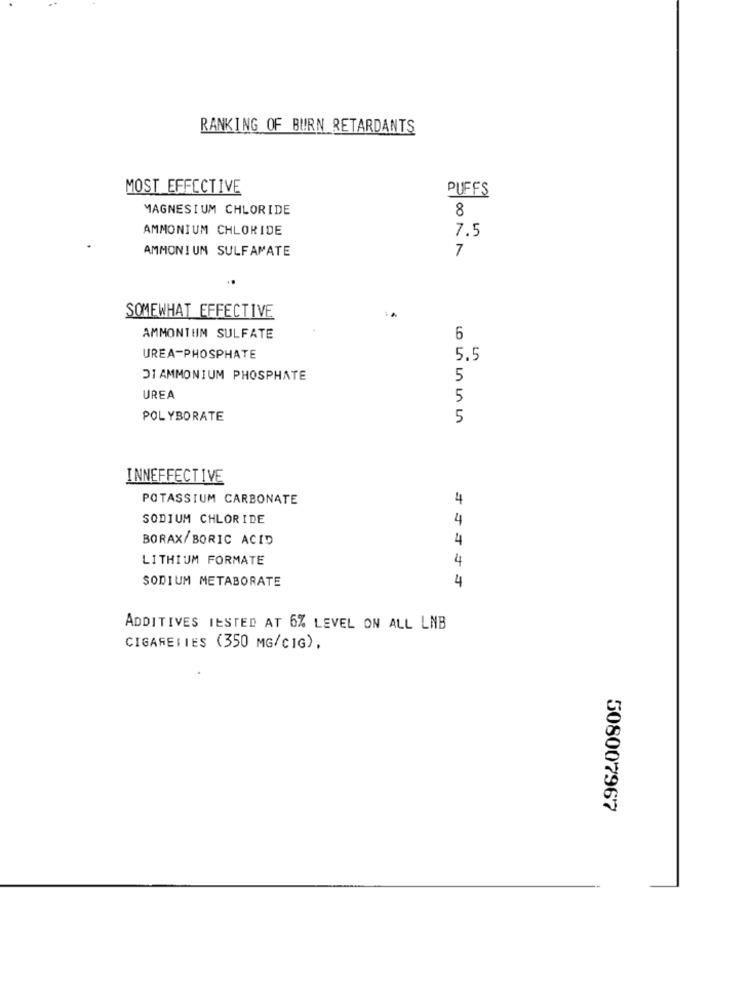
RANKING OF BURN RETARDANTS
MOST EFFECTIVE
PUFFS
MAGNESIUM CHLORIDE
8
AMMONIUM CHLORIDE
7.5
AMMONIUM SULFAMATE
7
SOMEWHAT EFFECTIVE
AMMONTUM SULFATE
6
UREA-PHOSPHATE
5.5
DI AMMONIUM PHOSPHATE
5
UREA
5
POL YBORATE
5
INNEFFECTIVE
POTASSIUM CARBONATE
4
SODIUM CHLORIDE
4
BORAX/BORIC ACID
4
LITHIUM FORMATE
4
SODIUM METABORATE
4
ADDITIVES IESTED AT 6% LEVEL ON ALL LNB
CIGARETTES (350 MG/CIG),
508007967